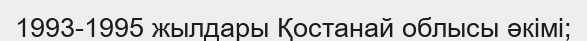
1993-1995 жылдары Қостанай облысы әкімі;